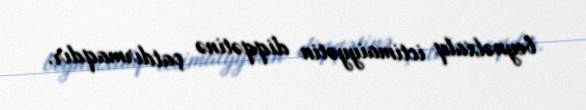
beynəlxalq ictimaiyyətin diqqətinə çatdırmaqdır.